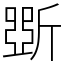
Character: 斲